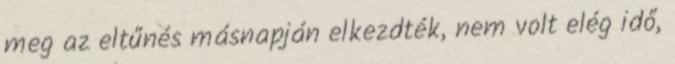
meg az eltűnés másnapján elkezdték, nem volt elég idő,